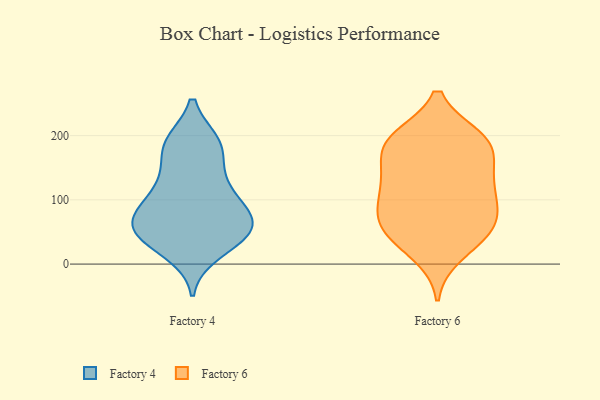
{"axis": {"x": "Budget (USD K)", "y": "Value"}, "legend": ["Factory 4", "Factory 6"], "data": [{"x": "", "y": 49, "type": "Factory 4"}, {"x": "", "y": 18, "type": "Factory 4"}, {"x": "", "y": 31, "type": "Factory 4"}, {"x": "", "y": 126, "type": "Factory 4"}, {"x": "", "y": 189, "type": "Factory 4"}, {"x": "", "y": 187, "type": "Factory 4"}, {"x": "", "y": 118, "type": "Factory 4"}, {"x": "", "y": 69, "type": "Factory 4"}, {"x": "", "y": 82, "type": "Factory 4"}, {"x": "", "y": 45, "type": "Factory 4"}, {"x": "", "y": 184, "type": "Factory 4"}, {"x": "", "y": 187, "type": "Factory 4"}, {"x": "", "y": 63, "type": "Factory 4"}, {"x": "", "y": 84, "type": "Factory 4"}, {"x": "", "y": 103, "type": "Factory 4"}, {"x": "", "y": 144, "type": "Factory 4"}, {"x": "", "y": 66, "type": "Factory 4"}, {"x": "", "y": 60, "type": "Factory 4"}, {"x": "", "y": 41, "type": "Factory 4"}, {"x": "", "y": 66, "type": "Factory 6"}, {"x": "", "y": 197, "type": "Factory 6"}, {"x": "", "y": 120, "type": "Factory 6"}, {"x": "", "y": 197, "type": "Factory 6"}, {"x": "", "y": 82, "type": "Factory 6"}, {"x": "", "y": 49, "type": "Factory 6"}, {"x": "", "y": 85, "type": "Factory 6"}, {"x": "", "y": 183, "type": "Factory 6"}, {"x": "", "y": 68, "type": "Factory 6"}, {"x": "", "y": 15, "type": "Factory 6"}, {"x": "", "y": 168, "type": "Factory 6"}, {"x": "", "y": 151, "type": "Factory 6"}, {"x": "", "y": 193, "type": "Factory 6"}, {"x": "", "y": 133, "type": "Factory 6"}, {"x": "", "y": 124, "type": "Factory 6"}, {"x": "", "y": 50, "type": "Factory 6"}, {"x": "", "y": 195, "type": "Factory 6"}, {"x": "", "y": 108, "type": "Factory 6"}, {"x": "", "y": 35, "type": "Factory 6"}]}